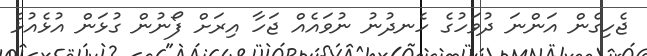
ޖެހިގެން އަންނަ ދުވަހުގެ ހެނދުނު ނުވައެއް ޖަހާ އިރަށް ފޯނުން ގުޅަން އުޅެއުޅެ